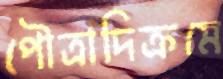
পৌত্রাদিক্রমে